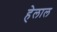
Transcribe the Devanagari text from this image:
हेलाल